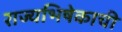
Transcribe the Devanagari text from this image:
राज्यभिषेकाची